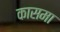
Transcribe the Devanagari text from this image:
कासमा